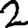
Digit: 2